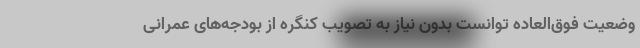
وضعیت فوق‌العاده توانست بدون نیاز به تصویب کنگره از بودجه‌های عمرانی